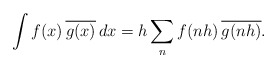
\begin{align*}\int f(x) \,\overline{g(x)} \, dx= h\sum_n f(nh) \,\overline{g(nh)}.\end{align*}